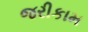
જરીકામ